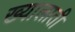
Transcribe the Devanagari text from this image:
ख्यालाती